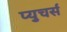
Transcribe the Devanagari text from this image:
प्युचर्स